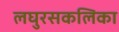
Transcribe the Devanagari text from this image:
लघुरसकलिका